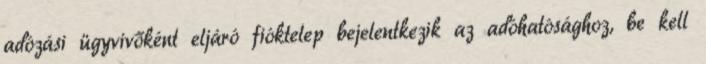
adózási ügyvivőként eljáró fióktelep bejelentkezik az adóhatósághoz, be kell